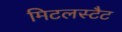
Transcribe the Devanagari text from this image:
मिटलस्टैट